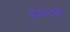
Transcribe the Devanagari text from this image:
प्रेजेन्ट्सः